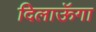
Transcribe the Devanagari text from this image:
दिलाऊॅगा